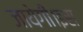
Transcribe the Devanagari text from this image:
जायेगी।इस